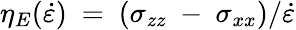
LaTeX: \eta_{E}(\dot{\varepsilon})~=~(\sigma_{zz}~-~\sigma_{xx})/\dot{\varepsilon}